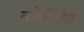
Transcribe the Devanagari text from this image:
कोरीडोरा